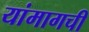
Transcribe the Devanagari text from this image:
यांमागची